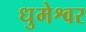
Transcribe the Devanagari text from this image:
धुमेश्वर